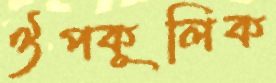
ঔপকূলিক